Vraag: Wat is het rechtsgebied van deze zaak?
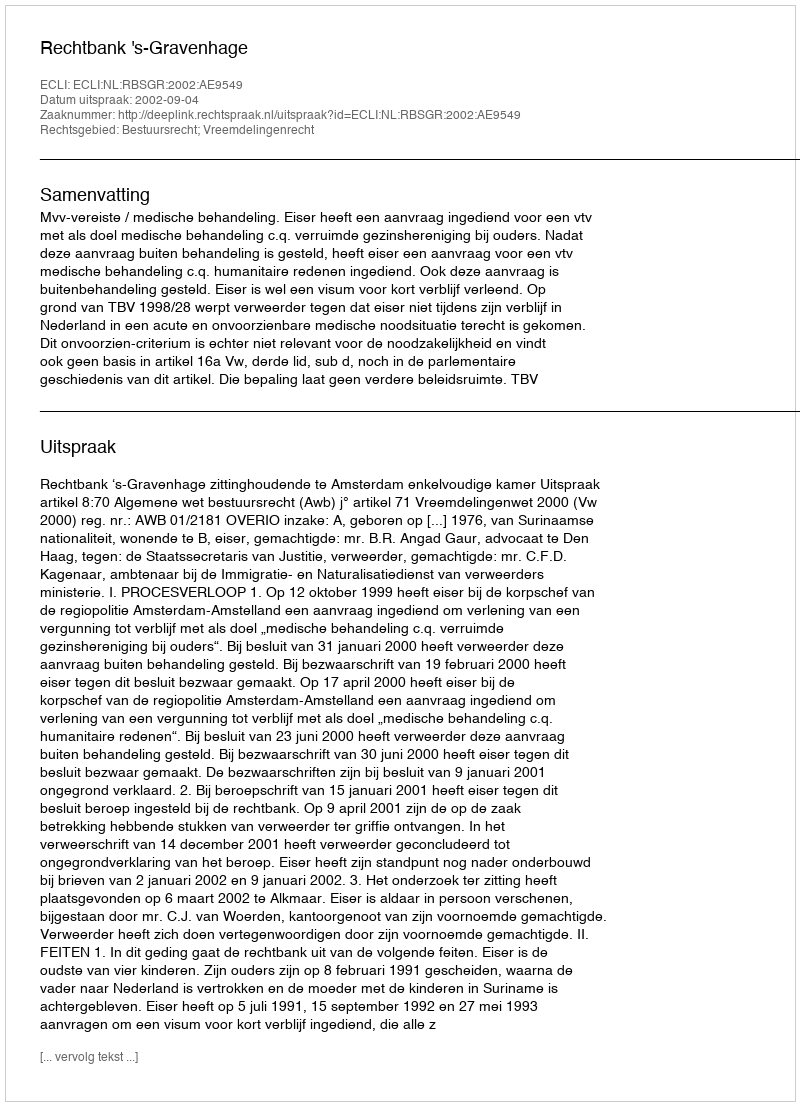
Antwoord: Bestuursrecht; Vreemdelingenrecht